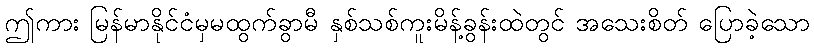
ဤကား မြန်မာနိုင်ငံမှမထွက်ခွာမီ နှစ်သစ်ကူးမိန့်ခွန်းထဲတွင် အသေးစိတ် ပြောခဲ့သော